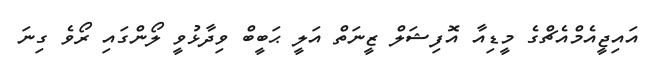
އައިޖީއެމްއެޗްގެ މީޑިއާ އޮފިޝަލް ޒީނަތް އަލީ ޙަބީބް ވިދާޅުވީ ލޯންގައި ރޯވެ ގިނަ